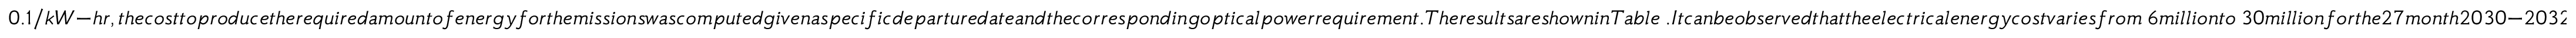
0 . 1 / k W - h r , t h e c o s t t o p r o d u c e t h e r e q u i r e d a m o u n t o f e n e r g y f o r t h e m i s s i o n s w a s c o m p u t e d g i v e n a s p e c i f i c d e p a r t u r e d a t e a n d t h e c o r r e s p o n d i n g o p t i c a l p o w e r r e q u i r e m e n t . T h e r e s u l t s a r e s h o w n i n T a b l e ~ . I t c a n b e o b s e r v e d t h a t t h e e l e c t r i c a l e n e r g y c o s t v a r i e s f r o m \ 6 m i l l i o n t o \ 3 0 m i l l i o n f o r t h e 2 7 m o n t h 2 0 3 0 - 2 0 3 2 t i m e p e r i o d c o n s i d e r e d . T a k i n g l a u n c h c o s t s a t 2 0